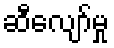
ဆီလျော်မှု